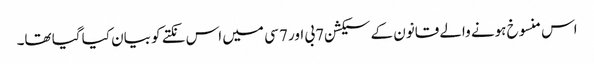
اس منسوخ ہونے والے قانون کے سیکشن 7بی اور 7 سی میں اس نکتے کو بیان کیا گیا تھا۔